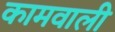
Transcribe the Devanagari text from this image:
कामवाली